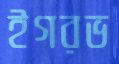
ইগরভ